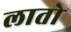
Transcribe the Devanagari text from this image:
लातो